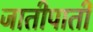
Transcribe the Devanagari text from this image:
जातीपाती